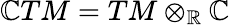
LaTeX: \mathbb{C}TM=TM\otimes_{\mathbb{R}}\mathbb{C}